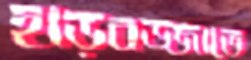
হাড়বজ্জাতে